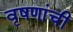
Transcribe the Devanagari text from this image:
वृषणांची